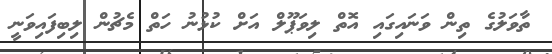
ތާވަލުގެ ތިން ވަނައިގައި އޮތް ލިވަޕޫލް އަށް ކުޅުނު ހަތް މެޗުން ލިބިފައިވަނީ